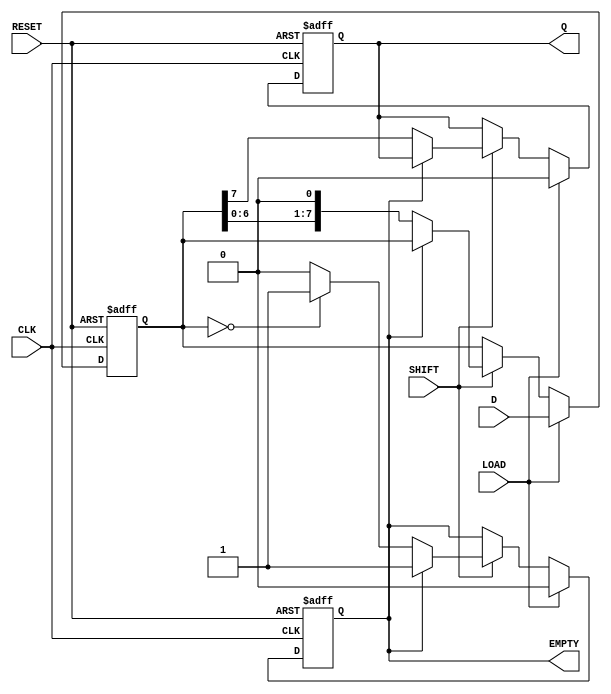
module PISO_Shift_Register (
    input wire [7:0] D,        // Parallel Data Input
    input wire LOAD,           // Load Enable
    input wire SHIFT,          // Shift Control
    input wire CLK,            // Clock
    input wire RESET,          // Reset
    output reg Q,              // Serial Output
    output reg EMPTY           // Empty Flag
);

    reg [7:0] shift_reg;       // Internal shift register

    always @(posedge CLK or posedge RESET) begin
        if (RESET) begin
            shift_reg <= 8'b0;  // Clear the shift register on reset
            Q <= 1'b0;          // Clear the serial output
            EMPTY <= 1'b1;      // Register is empty after reset
        end else if (LOAD) begin
            shift_reg <= D;     // Load parallel data into the shift register
            Q <= 1'b0;          // Reset serial output
            EMPTY <= 1'b0;      // Register is not empty after loading
        end else if (SHIFT) begin
            if (!EMPTY) begin
                Q <= shift_reg[7]; // Output the MSB
                shift_reg <= {shift_reg[6:0], 1'b0}; // Shift left
                if (shift_reg == 8'b0) begin
                    EMPTY <= 1'b1; // Set EMPTY flag if the register is empty
                end
            end
        end
    end

endmodule